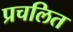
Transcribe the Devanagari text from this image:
प्रचलित